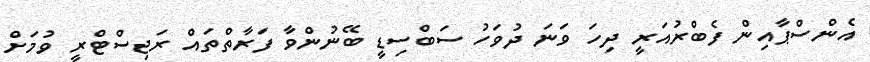
އެންސްޕާއިން ފެބްރުއަރީ ދިހަ ވަނަ ދުވަހު ސަބްސިޑީ ބޭނުންވާ ފަރާތްތައް ރަޖިސްޓްރީ ވުމަށް